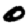
Digit: 0